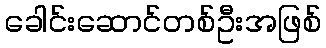
ခေါင်းဆောင်တစ်ဦးအဖြစ်